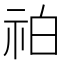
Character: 𥙃